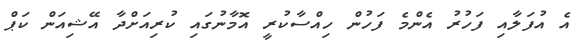
އެ އުފަލާއި ފަހުރު އެންމެ ފަހުން ހިއްސާކުރީ އޮމާނުގައި ކުރިއަށްދާ އޭޝިއަން ކަޕް